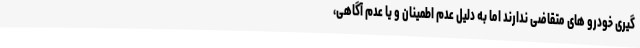
گیری خودرو های متقاضی ندارند اما به دلیل عدم اطمینان و یا عدم آگاهی،